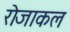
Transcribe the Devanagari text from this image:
रोजाकल